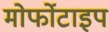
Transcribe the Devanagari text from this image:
मोर्फोटाइप